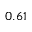
0 . 6 1